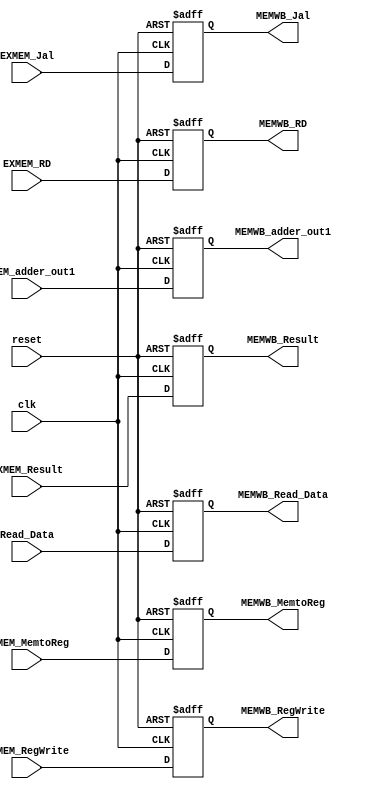
`timescale 1ns / 1ps
//////////////////////////////////////////////////////////////////////////////////
// Company: 
// Engineer: 
// 
// Design Name: 
// Module Name: MEM_WB
// Project Name: 
// Target Devices: 
// Tool Versions: 
// Description: 
// 
// Dependencies: 
// 
// Revision:
// Revision 0.01 - File Created
// Additional Comments:
// 
//////////////////////////////////////////////////////////////////////////////////

module MEM_WB(
    input clk, reset,
    input EXMEM_RegWrite, EXMEM_MemtoReg, EXMEM_Jal,
    input [4:0] EXMEM_RD,
    input [63:0] EXMEM_Result, Read_Data, EXMEM_adder_out1,
    output reg MEMWB_MemtoReg, MEMWB_RegWrite, MEMWB_Jal,
    output reg [4:0] MEMWB_RD, 
    output reg [63:0] MEMWB_Result, MEMWB_Read_Data, MEMWB_adder_out1
);
always @(posedge clk or posedge reset) begin
    if (reset == 1'b1) begin
        MEMWB_MemtoReg = 0; 
        MEMWB_RegWrite = 0; 
        MEMWB_Jal = 0;
        MEMWB_RD = 0;
        MEMWB_Result = 0; 
        MEMWB_Read_Data = 0;
        MEMWB_adder_out1 = 0;
    end
    else begin
        MEMWB_MemtoReg = EXMEM_MemtoReg; 
        MEMWB_RegWrite = EXMEM_RegWrite; 
        MEMWB_Jal = EXMEM_Jal;
        MEMWB_RD = EXMEM_RD;
        MEMWB_Result = EXMEM_Result; 
        MEMWB_Read_Data = Read_Data;
        MEMWB_adder_out1 = EXMEM_adder_out1;
    end 
end
endmodule